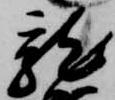
龍